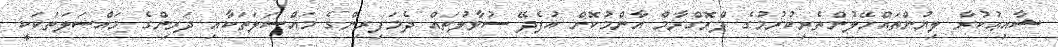
ޝާއިޢުކުރާ ލިޔުންތައްހޭލުންތެރިކުރުމުގެ ޕްރޮގްރާމް އާންމުކޮށް އުފެދޭ ސުވާލުތައް ދެމަފިރިންގެ މައްސަލަތަކާއި ދަރިންގެ މައްސަލަތަކަކީ